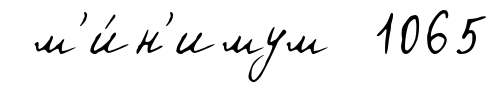
м'и́н'имум 1065